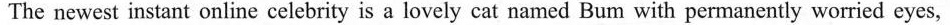
The newest instant online celebrity is a lovely cat named Bum with permanently worried eyes,